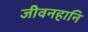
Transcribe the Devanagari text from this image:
जीवनहानि